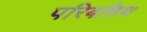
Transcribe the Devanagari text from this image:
परिबशिथ